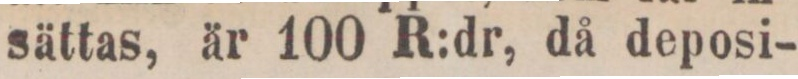
sättas, är 100 R.dr, då deposi-